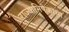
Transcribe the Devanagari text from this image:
राज्याभिषेकाचा